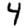
Digit: 4